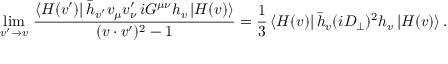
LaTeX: \operatorname * { l i m } _ { v ^ { \prime } \to v } \, \frac { \langle H ( v ^ { \prime } ) | \, \bar { h } _ { v ^ { \prime } } v _ { \mu } v _ { \nu } ^ { \prime } \, i G ^ { \mu \nu } h _ { v } \, | H ( v ) \rangle } { ( v \cdot v ^ { \prime } ) ^ { 2 } - 1 } = \frac 1 3 \, \langle H ( v ) | \, \bar { h } _ { v } ( i D _ { \perp } ) ^ { 2 } h _ { v } \, | H ( v ) \rangle \, .